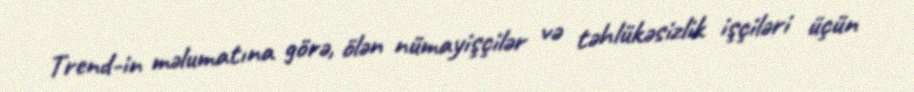
Trend-in məlumatına görə, ölən nümayişçilər və təhlükəsizlik işçiləri üçün